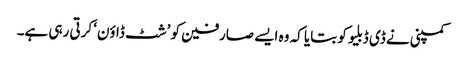
کمپنی نے ڈی ڈبلیو کو بتایا کہ وہ ایسے صارفین کو ’شٹ ڈاؤن‘ کرتی رہی ہے۔